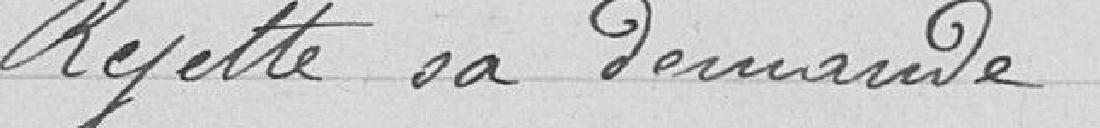
rejette sa demande.